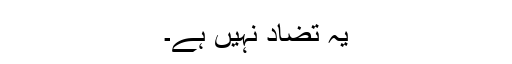
یہ تضاد نہیں ہے۔